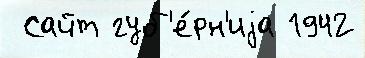
 Сайт губ'е́рн'иjа 1942